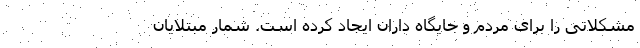
مشکلاتی را برای مردم و جایگاه داران ایجاد کرده است. شمار مبتلایان